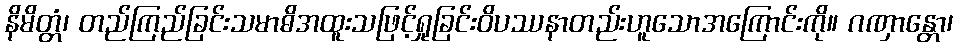
နိမိတ္တံ၊ တည်ကြည်ခြင်းသမာဓိအထူးသဖြင့်ရှုခြင်းဝိပဿနာတည်းဟူသောအကြောင်းကို။ ဂဏှာန္တော၊